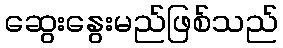
ဆွေးနွေးမည်ဖြစ်သည်